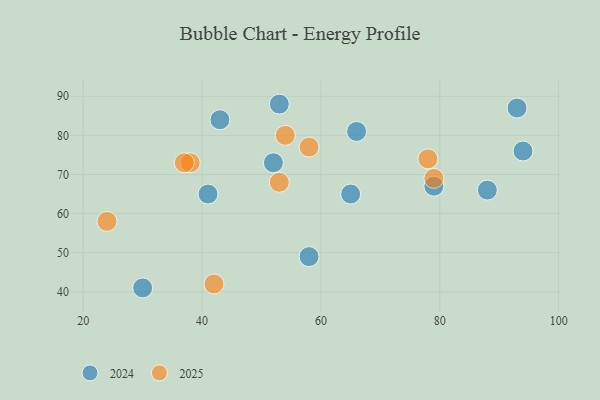
{"axis": {"x": "GDP", "y": "Life Expectancy"}, "legend": ["2024", "2025"], "data": [{"x": "41", "y": 65, "type": "2024"}, {"x": "43", "y": 84, "type": "2024"}, {"x": "30", "y": 41, "type": "2024"}, {"x": "53", "y": 88, "type": "2024"}, {"x": "65", "y": 65, "type": "2024"}, {"x": "94", "y": 76, "type": "2024"}, {"x": "93", "y": 87, "type": "2024"}, {"x": "88", "y": 66, "type": "2024"}, {"x": "58", "y": 49, "type": "2024"}, {"x": "66", "y": 81, "type": "2024"}, {"x": "52", "y": 73, "type": "2024"}, {"x": "79", "y": 67, "type": "2024"}, {"x": "58", "y": 77, "type": "2025"}, {"x": "42", "y": 42, "type": "2025"}, {"x": "79", "y": 69, "type": "2025"}, {"x": "24", "y": 58, "type": "2025"}, {"x": "53", "y": 68, "type": "2025"}, {"x": "54", "y": 80, "type": "2025"}, {"x": "78", "y": 74, "type": "2025"}, {"x": "38", "y": 73, "type": "2025"}, {"x": "37", "y": 73, "type": "2025"}]}